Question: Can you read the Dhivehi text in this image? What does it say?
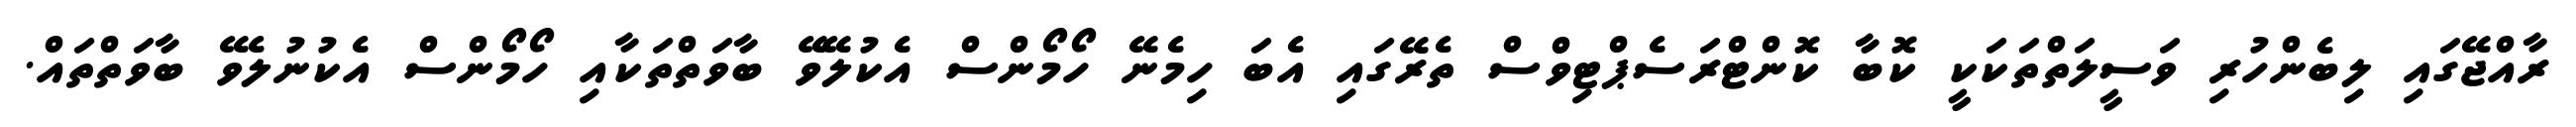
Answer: ރާއްޖޭގައި ލިބެންހުރި ވަސީލަތްތަކަކީ ކޮބާ ކޮންޓްރަސެޕްޓިވްސް ތެރޭގައި އެބަ ހިމެނޭ ހޯމޯންސް އެކުލޭވޭ ބާވަތްތަކާއި ހޯމޯންސް އެކުނުލެވޭ ބާވަތްތައް.